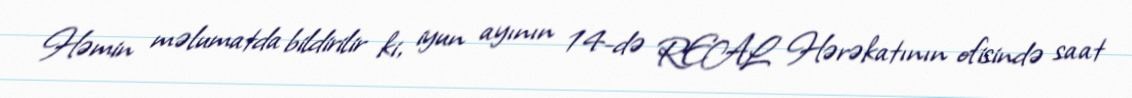
Həmin məlumatda bildirilir ki, iyun ayının 14-də REAL Hərəkatının ofisində saat